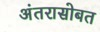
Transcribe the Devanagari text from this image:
अंतरासोबत